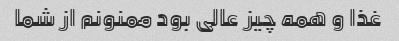
غذا و همه چیز عالی بود ممنونم از شما